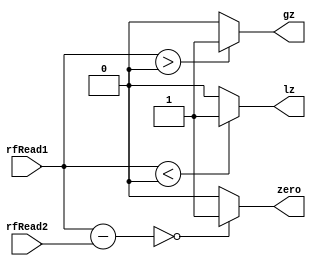
`timescale 1ns / 1ps
//////////////////////////////////////////////////////////////////////////////////
// Company: 
// Engineer: 
// 
// Design Name: 
// Module Name: BranchCtr
// Project Name: 
// Target Devices: 
// Tool Versions: 
// Description: 
// 
// Dependencies: 
// 
// Revision:
// Revision 0.01 - File Created
// Additional Comments:
// 
//////////////////////////////////////////////////////////////////////////////////


module BranchCtr(rfRead1,rfRead2,zero,gz,lz);
    input [31:0] rfRead1,rfRead2;
    output reg zero,gz,lz;

    wire [31:0] C;
    assign C = rfRead1-rfRead2;
    always @(*) begin
        zero = (C==0) ? 1:0;
        gz   = (rfRead1>0)? 1:0;
        lz   = (rfRead1<0)? 1:0;
    end
endmodule